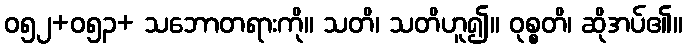
ဝ၅၂+၀၅၃+ သဘောတရားကို။ သတိ၊ သတိဟူ၍။ ဝုစ္စတိ၊ ဆိုအပ်၏။